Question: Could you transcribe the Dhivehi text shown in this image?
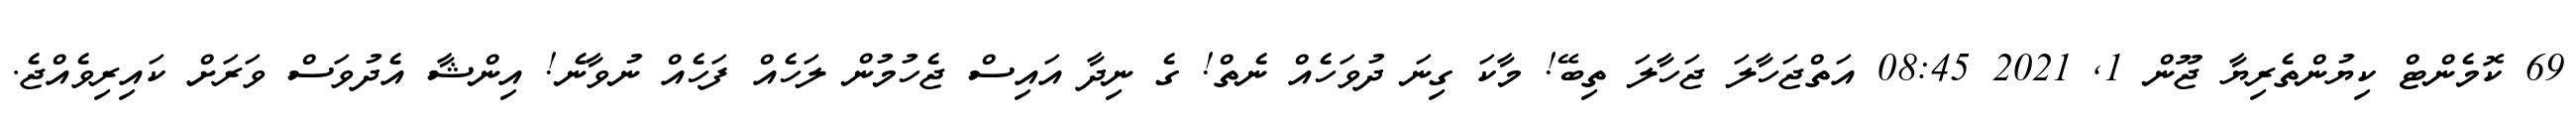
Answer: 69 ކޮމެންޓް ކިޔުންތެރިޔާ ޖޫން 1, 2021 08:45 އަތްޖަހާލަ ޖަހާލަ ތިބޭ! މާކަ ގިނަ ދުވަހެއް ނެތް! ގެ ނިދާ އައިސް ޖެހުމުން ލަހެއް ފަހެއް ނުވާނެ! އިންޝާ އެދުވަސް ވަރަށް ކައިރިވެއްޖެ.